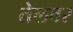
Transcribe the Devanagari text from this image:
तेलवर